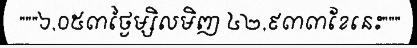
"""៦,០៥៣ថ្ងៃម្សិលមិញ ៤២,៩៣៣ខែនេះ"""